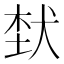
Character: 𤞷